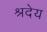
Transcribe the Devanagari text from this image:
श्रदेय